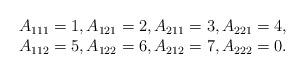
LaTeX: \begin{align*}\begin{array}{c} A_{111}= 1, A_{121}= 2, A_{211}= 3, A_{221}= 4, \\A_{112}= 5, A_{122}= 6, A_{212}= 7, A_{222}= 0.\end{array}\end{align*}